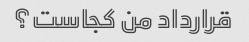
قرارداد من کجاست؟